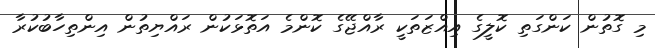
މި ގޮތުން ކަންގަތި ކޮލީގެ އިއްޒަތަކީ ރާއްޖޭގެ ކޮންމެ އަތޮޅަކުން ރައްޔިތުން އިންތިހާބުކުރާ